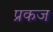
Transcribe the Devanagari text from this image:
प्रकज